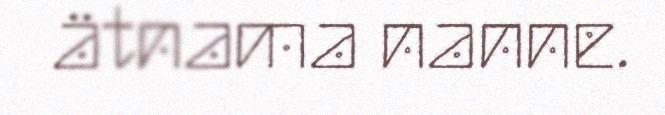
ätnama nanne.